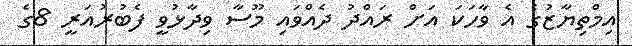
އިމްތިޔާޒުގެ އެ ވާހަކަ އަށް ރައްދު ދެއްވައި މޫސާ ވިދާޅުވީ ފެބުރުއަރީ 8ގެ